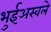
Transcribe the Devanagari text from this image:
भुईअस्वले